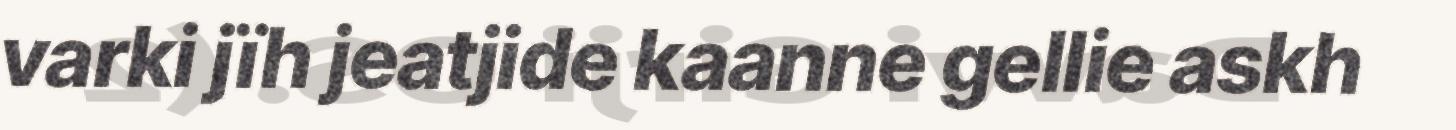
varki jïh jeatjide kaanne gellie askh